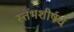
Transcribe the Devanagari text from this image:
स्तंभशीर्षच